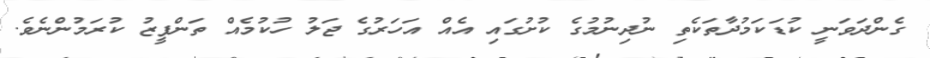
ގެންދަވަނީ ކުޑަކަމުދާތަކެތި ނުދިނުމުގެ ކުށުގައި އެއް އަހަރުގެ ޖަލު ހުކުމެއް ތަންފީޒު ކުރަމުންނެވެ.